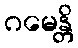
ဂမေန္တိ